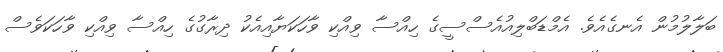
ބަލާލުމުން އެނގެއެވެ. އެމްޑަބްލިއުއެސްސީގެ ހިއްސާ ވިއްކި ވާހަކަޔާއިއެކު ދިރާގުގެ ހިއްސާ ވިއްކި ވާހަކަވެސް